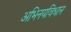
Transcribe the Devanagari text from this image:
अभिनयविधान